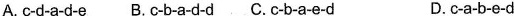
A. c-d-a-d-e B.C-b-a-d-d C.Cb-ae-d D.Ca-be-d